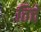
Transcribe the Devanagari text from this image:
तित्ते